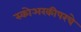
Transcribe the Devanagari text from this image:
स्कोअरकीपरचे